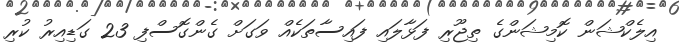
އިލެކްޝަން ކޮމިޝަންގެ ތިޖޫރި ފަޅާލައި ފައިސާތަކެއް ވަގަށް ގެންގޮސްފި 23 ގަޑިއިރު ކުރި